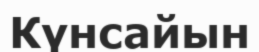
Күнсайын